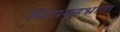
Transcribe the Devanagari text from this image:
पितामहभ्राता